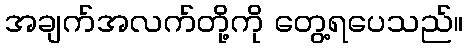
အချက်အလက်တို့ကို တွေ့ရပေသည်။